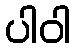
ပါဝါ